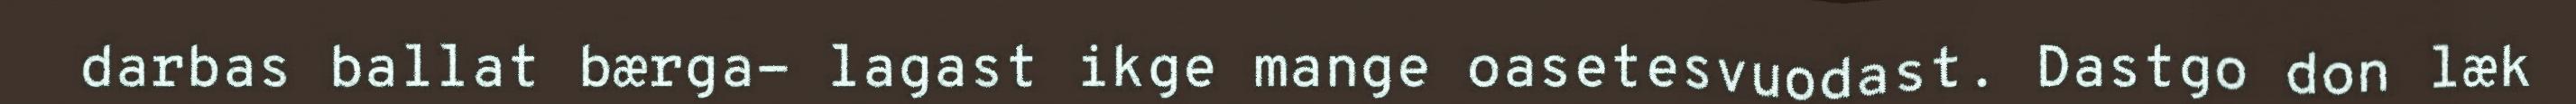
darbas ballat bærga- lagast ikge mange oasetesvuodast. Dastgo don læk